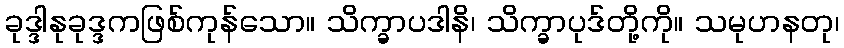
ခုဒ္ဒါနုခုဒ္ဒကဖြစ်ကုန်သော။ သိက္ခာပဒါနိ၊ သိက္ခာပုဒ်တို့ကို။ သမုဟနတု၊